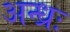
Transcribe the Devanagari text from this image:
अन्ध्रः